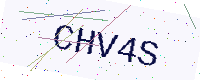
Text: CHV4S